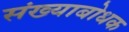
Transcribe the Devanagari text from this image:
संख्याबोधक